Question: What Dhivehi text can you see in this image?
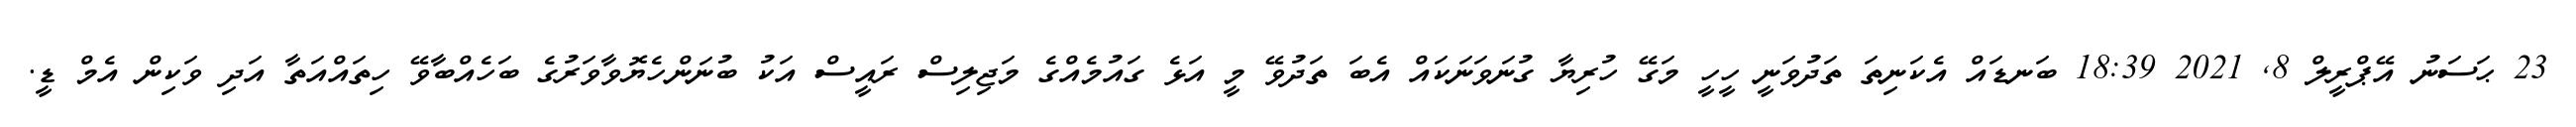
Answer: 23 ޙަސަނު އޭޕްރީލް 8, 2021 18:39 ބަނޑައް އެކަނިތަ ތަދުވަނީ ހީހީ މަގޭ ހުރިޔާ ގުނަވަނަކައް އެބަ ތަދުވޭ މީ އަޅެ ގައުމެއްގެ މަޖިލިސް ރައީސް އަކު ބުނަންހެޔޮވާވަރުގެ ބަހެއްބާވޭ ހިތައްއަތާ އަދި ވަކިން އެމް ޑީ.